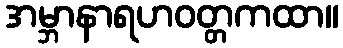
အမ္ဘာနာရဟဝတ္တကထာ။